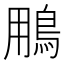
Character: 𩿾